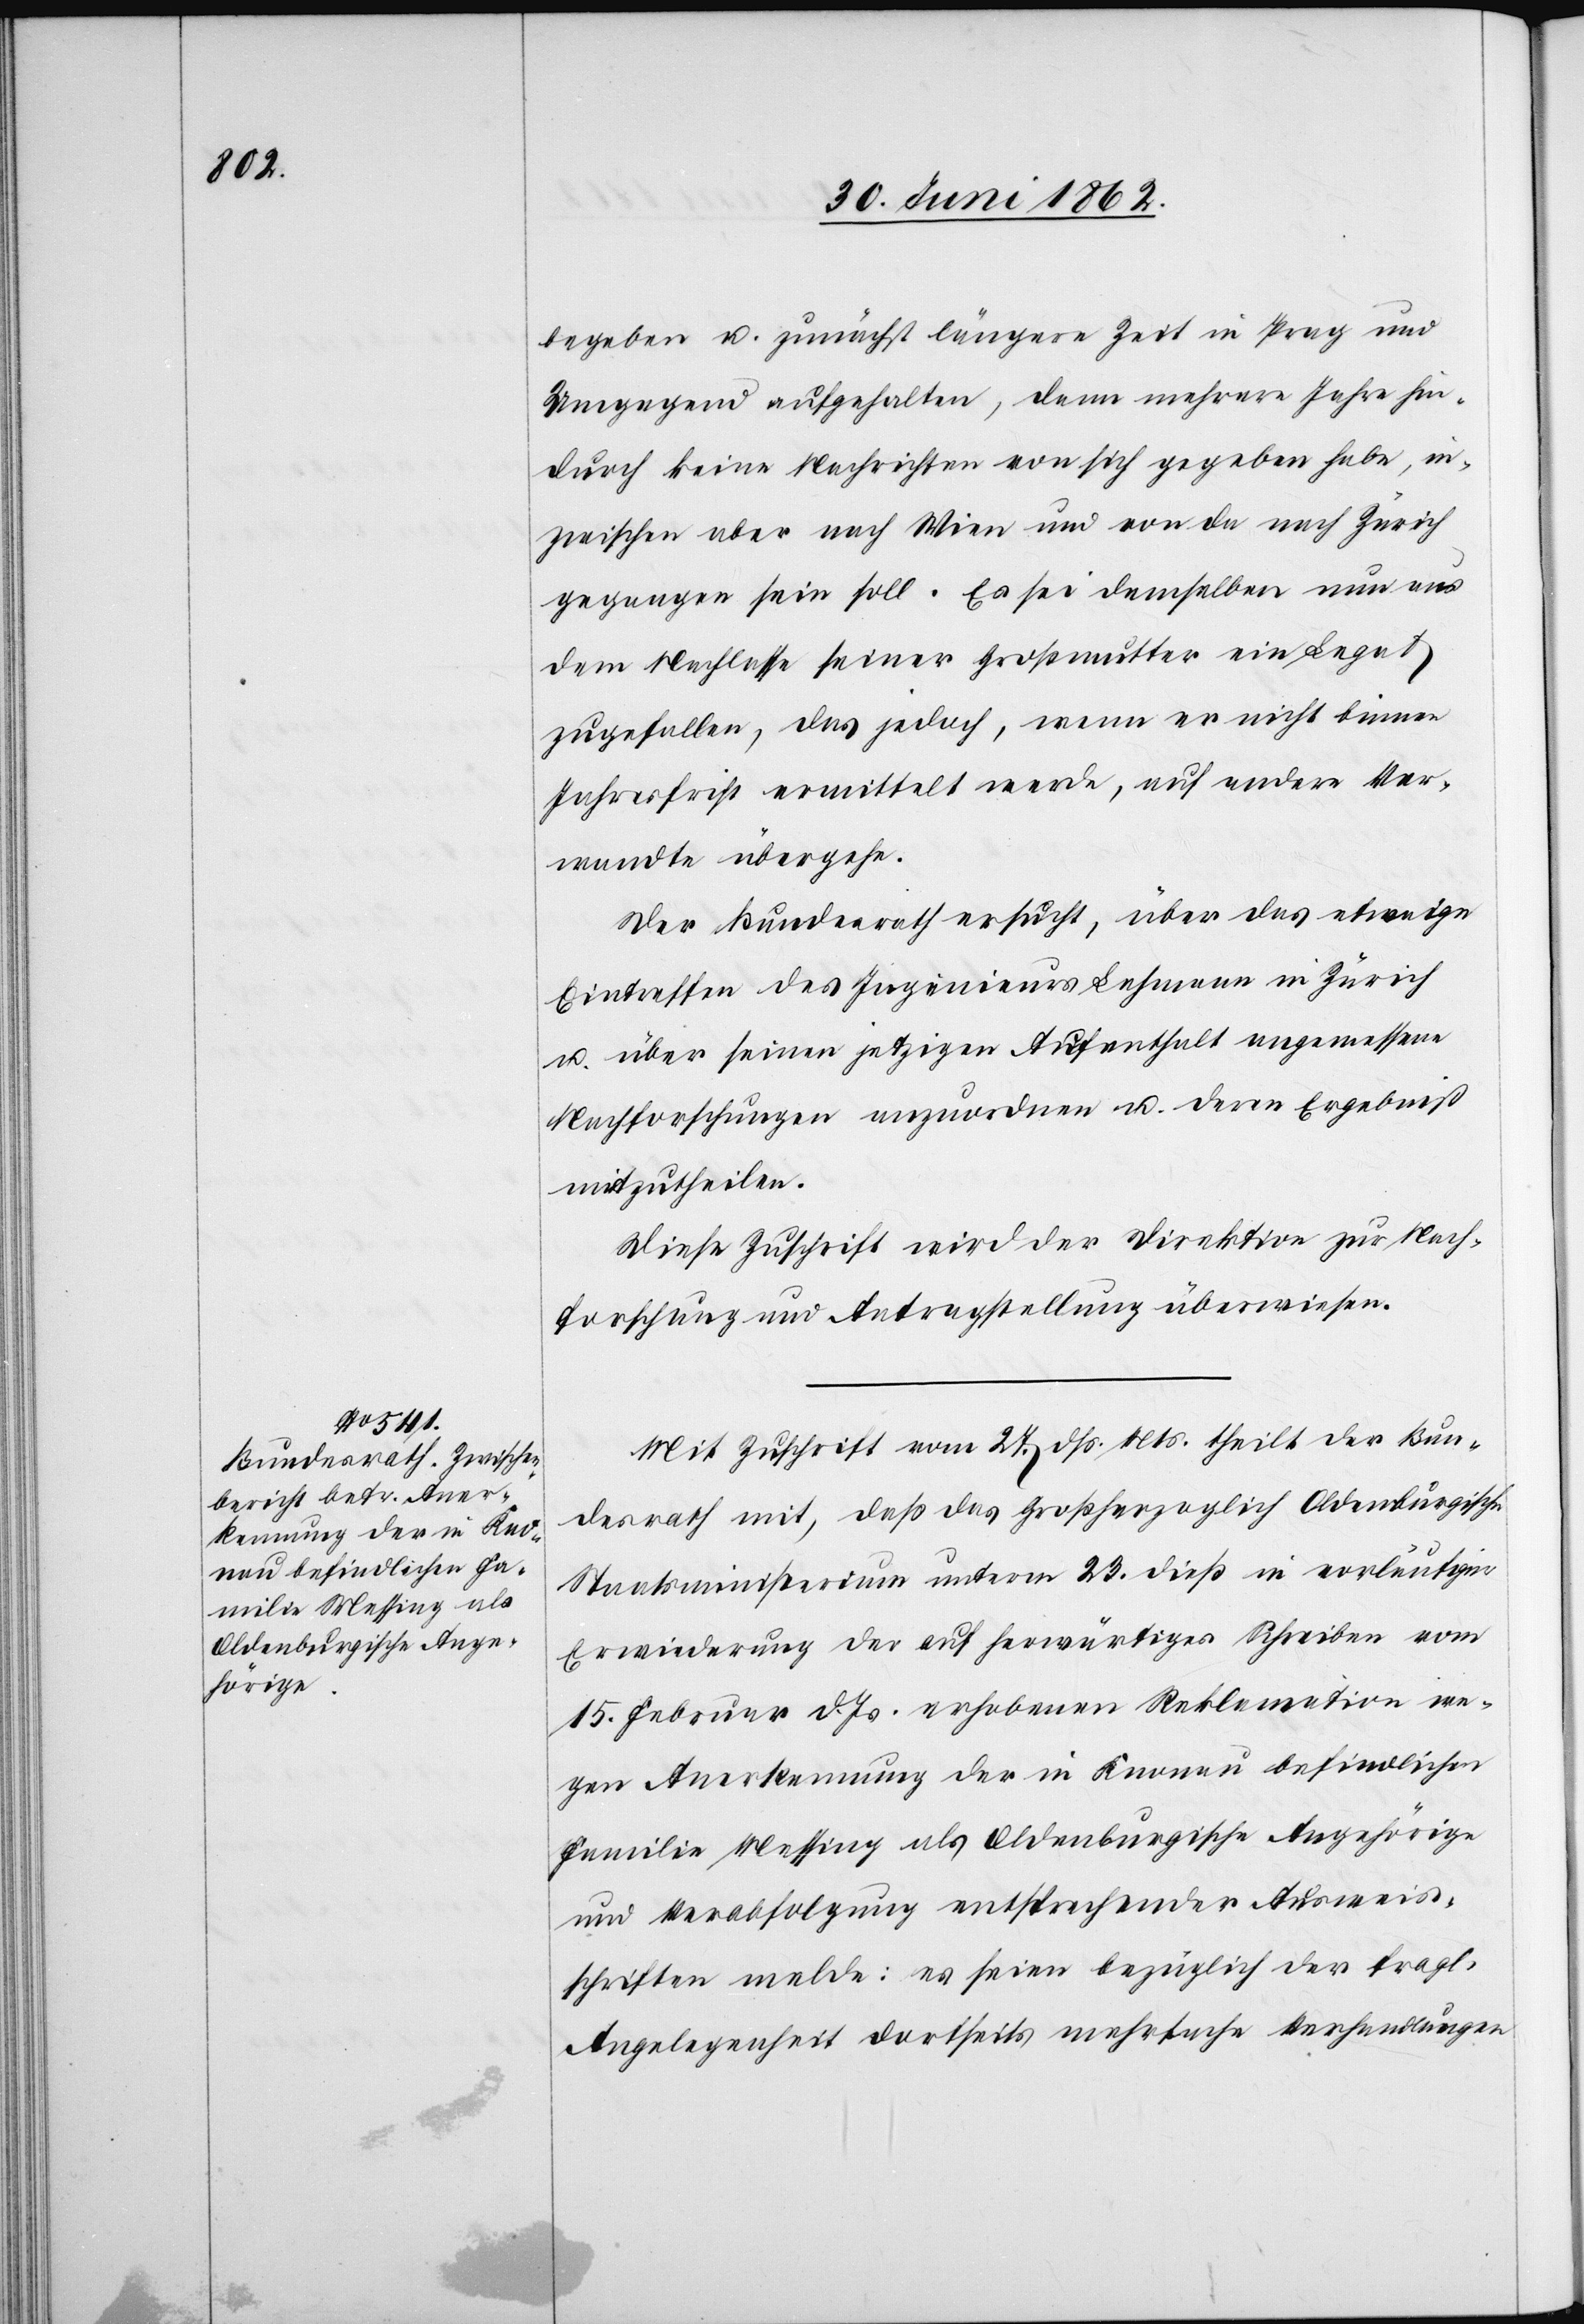
begeben u. zunächst längere Zeit in Prag und
Umgegend aufgehalten, denn mehrere Jahre hin¬
durch keine Nachrichten von sich gegeben habe, in¬
zwischen aber nach Wien und von da nach Zürich
gegangen sein soll. Es sei demselben nun aus
dem Nachlasse seiner Großmutter ein Legat
zugefallen, das jedoch, wenn er nicht binnen
Jahresfrist ermittelt werde, auf andere Ver¬
wandte übergehe.
Der Bundesrath ersucht, über das etwaige
Eintreffen des Ingenieurs Lehmann in Zürich
u. über seinen jetzigen Aufenthalt angemessene
Nachforschungen anzuordnen u. deren Ergebniß
mitzutheilen.
Diese Zuschrift wird der Direktion zur Nach¬
forschung und Antragstellung überwiesen.
Mit Zuschrift vom 27. d. Mts. theilt der Bun¬
desrath mit, daß das Großherzogliche Oldenburgische
Staatsministerium unterm 23. dieß in vorläufiger
Erwiederung der auf herwärtiges Schreiben vom
15. Februar d. Js. erhobenen Reklamation we¬
gen Anerkennung der in Knonau befindlichen
Familie Messing als Oldenburgische Angehörige
und Verabfolgung entsprechender Ausweis¬
schriften melde: es seien bezüglich der fragl.
Angelegenheit dortseits mehrfache Verhandlungen